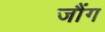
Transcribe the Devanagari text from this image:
जौंग